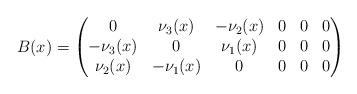
LaTeX: \begin{align*} B(x) = \begin{pmatrix} 0 &\nu_3(x) &-\nu_2(x) &0 &0 &0 \\ -\nu_3(x) &0 &\nu_1(x) &0 &0 &0 \\ \nu_2(x) &-\nu_1(x) &0 &0 &0 &0 \end{pmatrix} \end{align*}